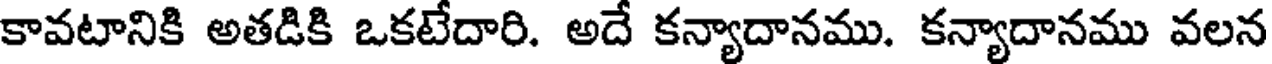
కావటానికి అతడికి ఒకటేదారి. అదే కన్యాదానము. కన్యాదానము వలన